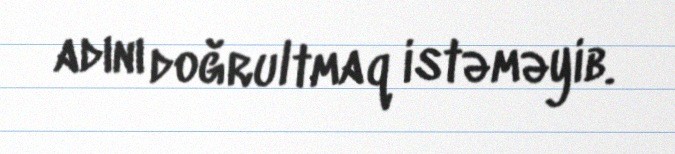
adını doğrultmaq istəməyib.